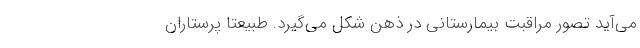
می‌آید تصور مراقبت بیمارستانی در ذهن شکل می‌گیرد. طبیعتا پرستاران